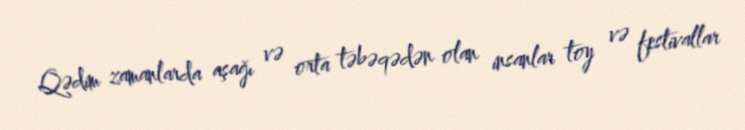
Qədim zamanlarda aşağı və orta təbəqədən olan insanlar toy və festivallar